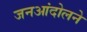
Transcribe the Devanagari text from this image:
जनआंदोलने